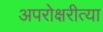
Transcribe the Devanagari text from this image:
अपरोक्षरीत्या